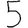
Digit: 5